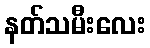
နတ်သမီးလေး